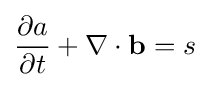
{\frac {\partial a}{\partial t}}+\nabla \cdot \mathbf {b} =s